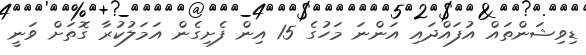
ޑިވިޝަންތައް އުފައްދައި އަންނަ މަހުގެ 15 އިން ފެށިގެން އަމަލުކުރާ ގޮތަށް ވަނީ